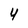
Character: 4